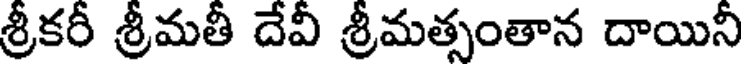
శ్రీకరీ శ్రీమతీ దేవీ శ్రీమత్సంతాన దాయినీ